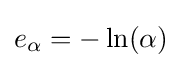
e_{\alpha }=-\ln(\alpha )